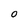
Character: O